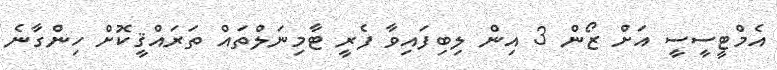
އެމްޓީސީސީ އަށްް ޒޯން 3 އިން ލިބިފައިވާ ފެރީ ޓާމިނަލްތައް ތަރައްޤީކޮށް ހިންގާނެ